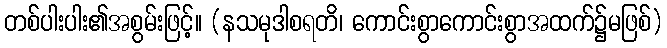
တစ်ပါးပါး၏အစွမ်းဖြင့်။ (နသမုဒါစရတိ၊ ကောင်းစွာကောင်းစွာအထက်၌မဖြစ်)